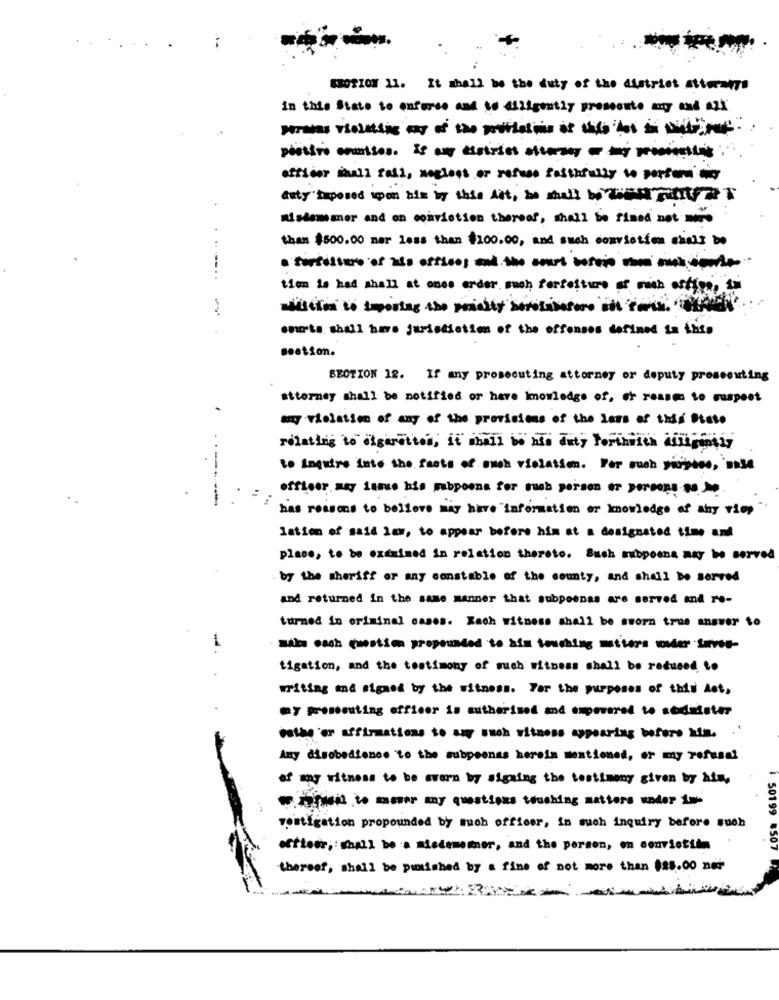
EMOTION 11. It shall be the duty of the district attorneys
in this State to enforce and to diligently prosecute may and al
officer inall fall, megloss or refuse faithfully to portare they
anty Deposed upon his by this Ait, he shall be withit &T
mislemmer and on conviction thereef, shall be fined not mano
than $500.00 mar less than $100.00, and such conviction shall be
. fartisure of ass offices and the court besoin so muchspace
timm is had shall at once order much terfetture at web office,
onorta shall have jurisdiction of the offenses defined in this
section.
SECTION 12. If any prosecuting attorney or deputy prosecuting
attorney shall be notified or have Imomledge of, or ressm to ruspeet
any violation of any of the provisions of the loss of this Stato
relating to olgaratton, it mbali be ndo duty Forthisch aringmin
to Inquire into the facts of such violation. Por ouch giobbeo, sosa
officer may iamue his subpoena for such person or persons so Je.
:
has reasons to believe may have "information or knowledge of why viop
lation of said im, to appear before him at a designated time and
place, to be examined in relation thereto. Such mibpoona may be served
by the sheriff or any constable of the county, and shall be served
and returned in the same manner that subpoenas are served and re-
turned in criminal cases. Kach witness shall be sworn true answer to
-
sala cach question propounded to his touching mtiers wwder inves-
tigation, and the testimony of such witness shall be reduced to
writing and signed by the witness. For the purposes of this det,
my prosecuting officer is authorized and empowered to sodasster
esthyor affirmations to amy such witness appearing before him.
Any disobedience to the subpoenas herein mentioned, or my refusal
of my witness to be aworn by signing the testimony given by hin,
wifi to meer my questigas touching satters under 1w-
youtigation propounded by much officer, in such inquiry before such
50199 450
otteer, : shall be a misdememner, and the person, on conviction
thereef, shall be punished by a fine of not more than $28.00 ner